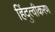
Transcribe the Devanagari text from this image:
हिंदुत्वीकरण